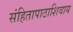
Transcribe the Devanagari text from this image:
संहितापाठाशिवाय